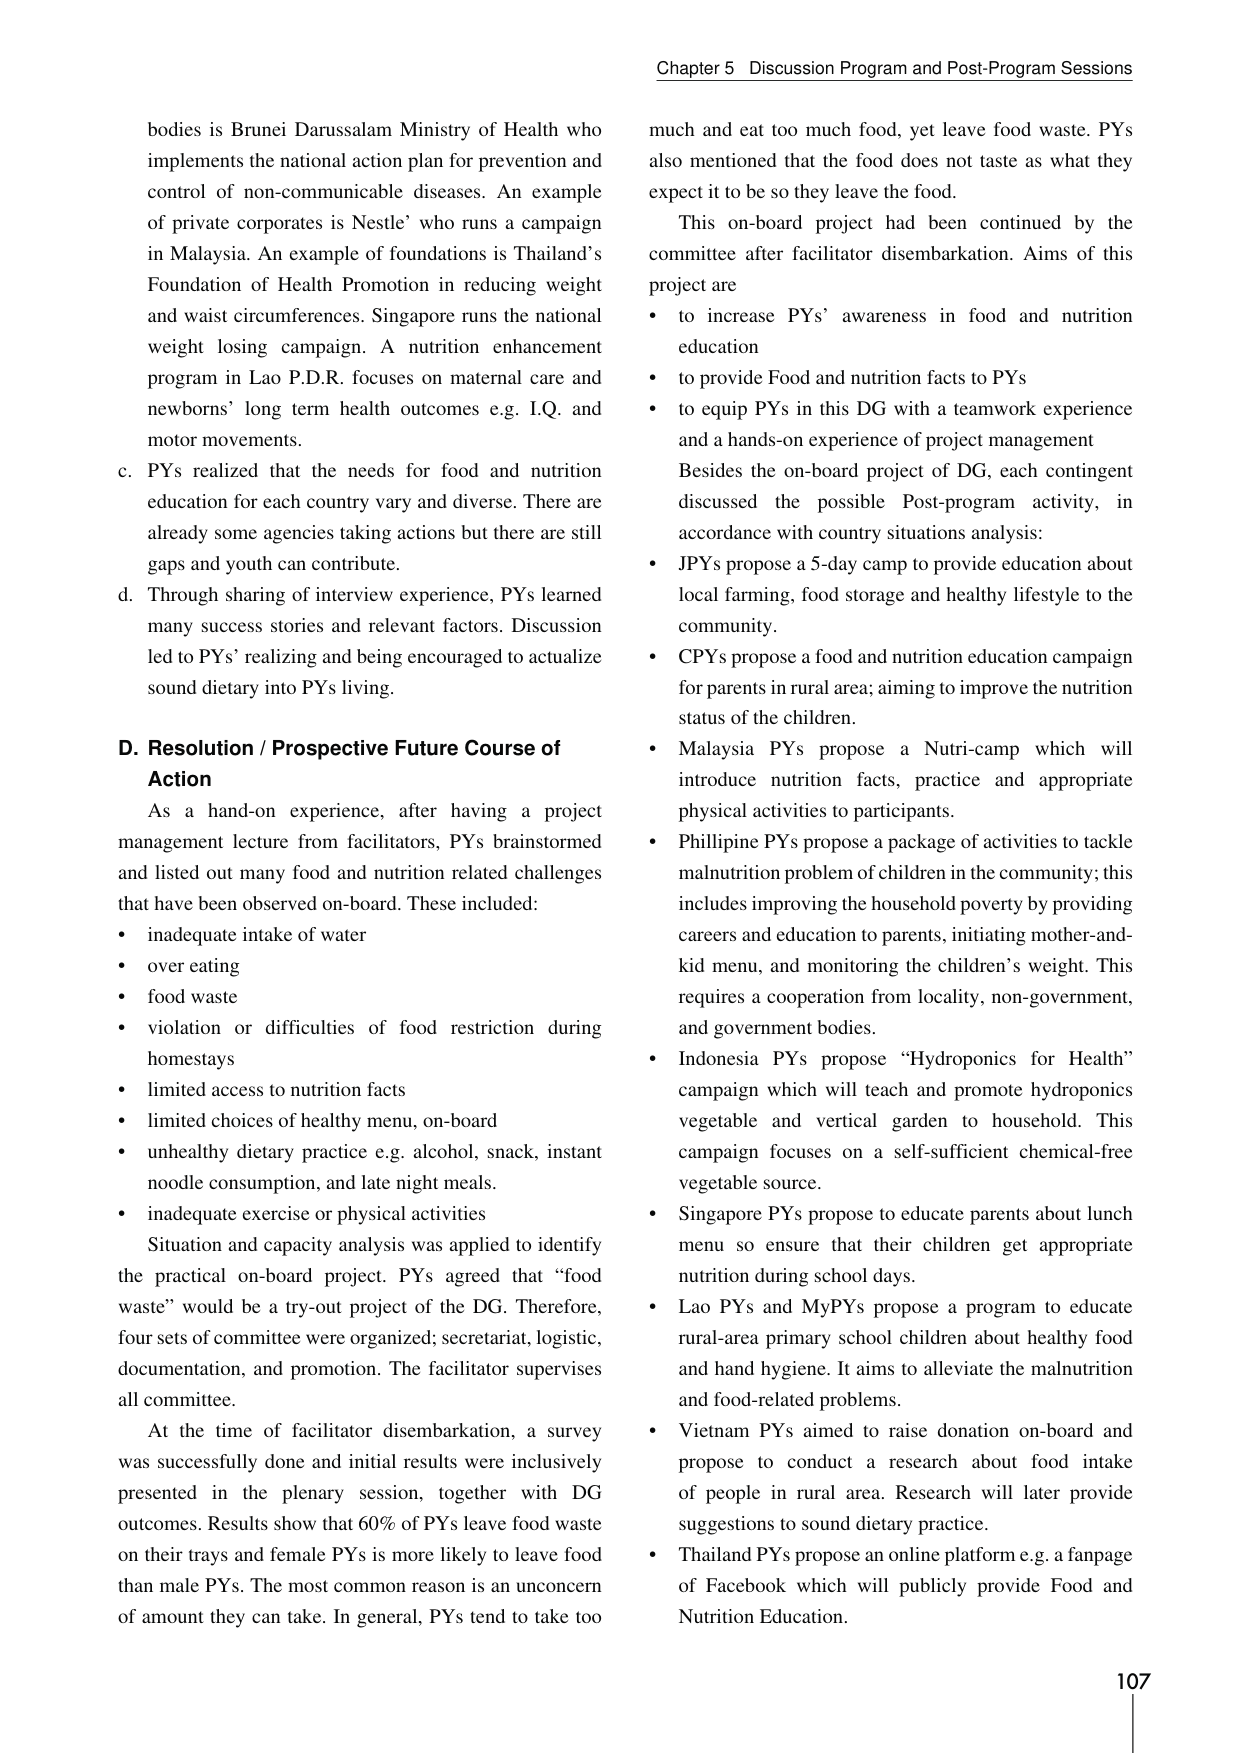
Chapter 5 Discussion Program and Post-Program Sessions

bodies is Brunei Darussalam Ministry of Health who implements the national action plan for prevention and control of non-communicable diseases. An example of private corporates is Nestle’ who runs a campaign in Malaysia. An example of foundations is Thailand’s Foundation of Health Promotion in reducing weight and waist circumferences. Singapore runs the national weight losing campaign. A nutrition enhancement program in Lao P.D.R. focuses on maternal care and newborns’ long term health outcomes e.g. I.Q. and motor movements.

c. PYs realized that the needs for food and nutrition education for each country vary and diverse. There are already some agencies taking actions but there are still gaps and youth can contribute.

d. Through sharing of interview experience, PYs learned many success stories and relevant factors. Discussion led to PYs’ realizing and being encouraged to actualize sound dietary into PYs living.

D. Resolution / Prospective Future Course of Action

As a hand-on experience, after having a project management lecture from facilitators, PYs brainstormed and listed out many food and nutrition related challenges that have been observed on-board. These included:

• inadequate intake of water
• over eating
• food waste
• violation or difficulties of food restriction during homestays
• limited access to nutrition facts
• limited choices of healthy menu, on-board
• unhealthy dietary practice e.g. alcohol, snack, instant noodle consumption, and late night meals.
• inadequate exercise or physical activities

Situation and capacity analysis was applied to identify the practical on-board project. PYs agreed that “food waste” would be a try-out project of the DG. Therefore, four sets of committee were organized; secretariat, logistic, documentation, and promotion. The facilitator supervises all committee.

At the time of facilitator disembarkation, a survey was successfully done and initial results were inclusively presented in the plenary session, together with DG outcomes. Results show that 60% of PYs leave food waste on their trays and female PYs is more likely to leave food than male PYs. The most common reason is an unconcern of amount they can take. In general, PYs tend to take too much and eat too much food, yet leave food waste. PYs also mentioned that the food does not taste as what they expect it to be so they leave the food.

This on-board project had been continued by the committee after facilitator disembarkation. Aims of this project are

• to increase PYs’ awareness in food and nutrition education
• to provide Food and nutrition facts to PYs
• to equip PYs in this DG with a teamwork experience and a hands-on experience of project management

Besides the on-board project of DG, each contingent discussed the possible Post-program activity, in accordance with country situations analysis:

• JPYs propose a 5-day camp to provide education about local farming, food storage and healthy lifestyle to the community.
• CPYs propose a food and nutrition education campaign for parents in rural area; aiming to improve the nutrition status of the children.
• Malaysia PYs propose a Nutri-camp which will introduce nutrition facts, practice and appropriate physical activities to participants.
• Philippine PYs propose a package of activities to tackle malnutrition problem of children in the community; this includes improving the household poverty by providing careers and education to parents, initiating mother-and-kid menu, and monitoring the children’s weight. This requires a cooperation from locality, non-government, and government bodies.
• Indonesia PYs propose “Hydroponics for Health” campaign which will teach and promote hydroponics vegetable and vertical garden to household. This campaign focuses on a self-sufficient chemical-free vegetable source.
• Singapore PYs propose to educate parents about lunch menu so ensure that their children get appropriate nutrition during school days.
• Lao PYs and MyPYs propose a program to educate rural-area primary school children about healthy food and hand hygiene. It aims to alleviate the malnutrition and food-related problems.
• Vietnam PYs aimed to raise donation on-board and propose to conduct a research about food intake of people in rural area. Research will later provide suggestions to sound dietary practice.
• Thailand PYs propose an online platform e.g. a fanpage of Facebook which will publicly provide Food and Nutrition Education.

107